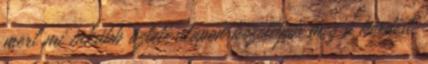
mert mi inkább üzleti alapon közelítjük meg a kérdést,